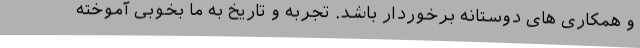
و همکاری های دوستانه برخوردار باشد. تجربه و تاریخ به ما بخوبی آموخته